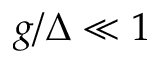
g / \Delta \ll 1